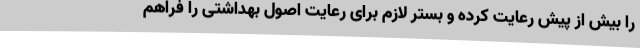
را بیش از پیش رعایت کرده و بستر لازم برای رعایت اصول بهداشتی را فراهم